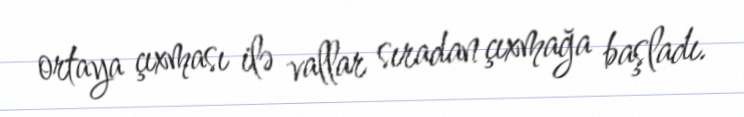
ortaya çıxması ilə vallar sıradan çıxmağa başladı.